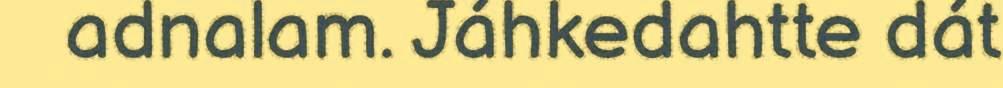
adnalam. Jáhkedahtte dát